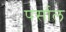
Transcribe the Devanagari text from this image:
पर्साल